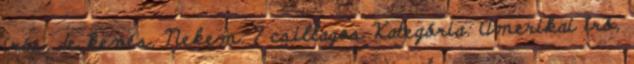
írás, de kevés. Nekem. 7 csillagos Kategória: Amerikai író,